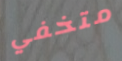
متخفي